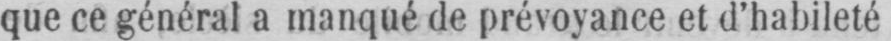
que ce général a manqué de prévoyance et d’habileté